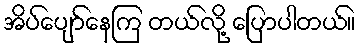
အိပ်ပျော်နေကြ တယ်လို့ ပြောပါတယ်။